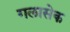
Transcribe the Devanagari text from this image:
गलासेक